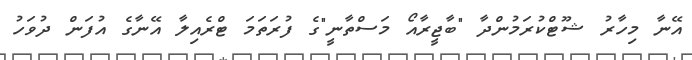
އޭނާ މިހާރު ޝޫޓްކުރަމުންދާ "ބާޖީރާއޯ މަސްތާނީ"ގެ ފުރަތަމަ ޓްރެއިލާ އޭނާގެ އުފަން ދުވަހު